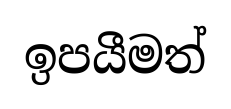
ඉපයීමත්